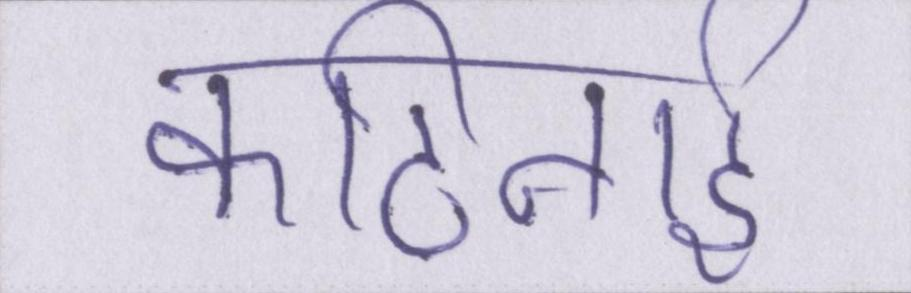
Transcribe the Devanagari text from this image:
कठिनाई